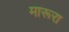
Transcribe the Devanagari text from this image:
मारूरा